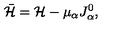
\bar { { \cal H } } = { \cal H } - \mu _ { \alpha } J _ { \alpha } ^ { 0 } ,